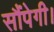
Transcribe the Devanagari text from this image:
सौंपेगी।